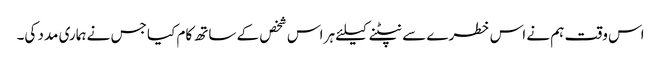
اس وقت ہم نے اس خطرے سے نپٹنے کیلئے ہر اس شخص کے ساتھ کام کیا جس نے ہماری مدد کی۔